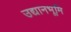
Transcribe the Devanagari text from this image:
उद्यानभूमि